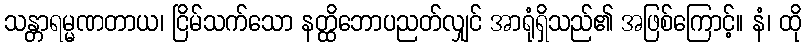
သန္တာရမ္မဏတာယ၊ ငြိမ်သက်သော နတ္ထိဘောပညတ်လျှင် အာရုံရှိသည်၏ အဖြစ်ကြောင့်။ နံ၊ ထို